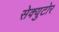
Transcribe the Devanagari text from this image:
सेक्युटोर